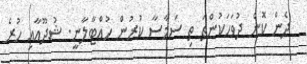
ދެން ކޮން ދުވަހަކުންތަ ތި ސަމާސާ ކުރުން ހުއްޓާލާނީ. ޝުދޫއާއި ހުރެ